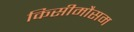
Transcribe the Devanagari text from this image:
किसीमौसम